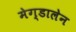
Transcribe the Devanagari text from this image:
मेग्डालेन